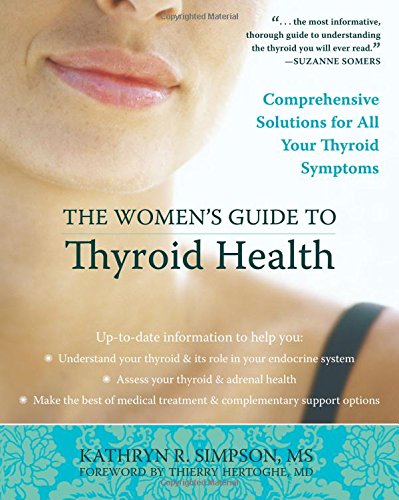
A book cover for The Women's Guide to Thyroid Health: Comprehensive Solutions for All Your Thyroid Symptoms; Kathryn Simpson MS; Health, Fitness & Dieting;